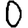
Digit: 0